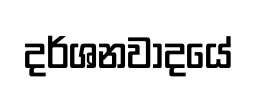
දර්ශනවාදයේ